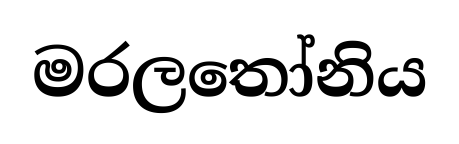
මරලතෝනිය